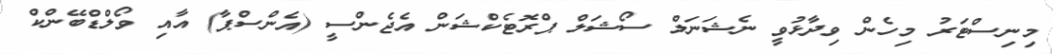
މިނިސްޓަރު މިހެން ވިދާޅުވީ ނެޝަނަލް ސޯޝަލް ޕްރޮޓެކްޝަން އެޖެންސީ (އެންސްޕާ) އާއި ވޯލްޑްބޭންކް